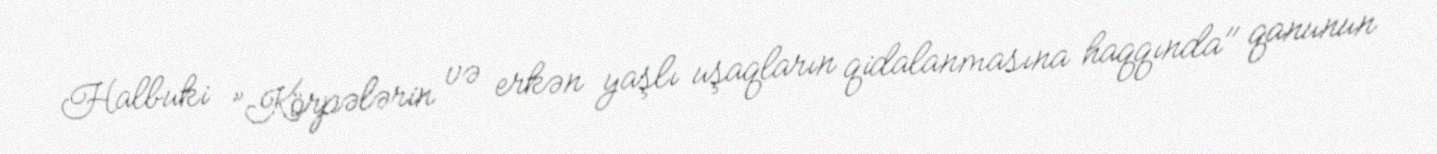
Halbuki ”Körpələrin və erkən yaşlı uşaqların qidalanmasına haqqında" qanunun